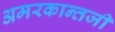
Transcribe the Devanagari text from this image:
अमरकान्तजी